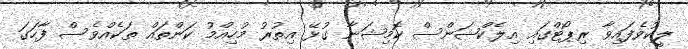
ލީކުވެފައިވާ ރިޕޯޓްގައި އިލެކްޝަންސް ކޮމިޝަނާ ގުޅޭ އިތުރު މުހިއްމު ކަންތައް ތަކެއްވެސް ފާހަގަ